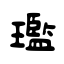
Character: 璼